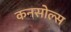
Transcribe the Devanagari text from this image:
कनसोल्स